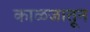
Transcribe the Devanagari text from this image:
काळजातून